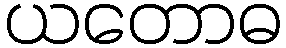
ယတောဓ